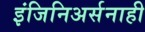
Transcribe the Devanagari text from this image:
इंजिनिअर्सनाही